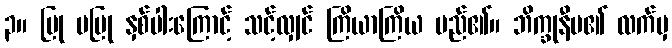
၃။ ပြု မပြု နှစ်ပါးကြောင့် သင့်လျှင် ကြိယာကြိယ မည်၏။ ဘိက္ခုနီမ၏ လက်မှ